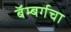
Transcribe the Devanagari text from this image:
बॅम्बर्गचा